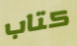
كتاب